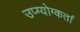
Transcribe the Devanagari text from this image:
उप्ग्योग्कर्ता